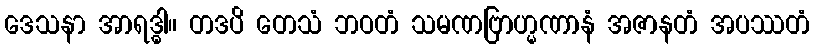
ဒေသနာ အာရဒ္ဓါ။ တဒပိ တေသံ ဘဝတံ သမဏဗြာဟ္မဏာနံ အဇာနတံ အပဿတံ